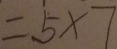
= 5 \times 7